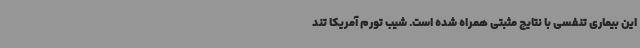
این بیماری تنفسی با نتایج مثبتی همراه شده است. شیب تورم آمریکا تند